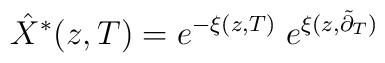
\hat X^{\ast}(z,T) = e^{-\xi(z,T)} \; e^{\xi(z,\tilde \partial_{T})}